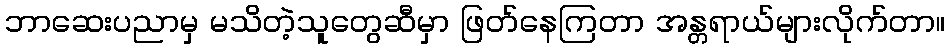
ဘာဆေးပညာမှ မသိတဲ့သူတွေဆီမှာ ဖြတ်နေကြတာ အန္တရာယ်များလိုက်တာ။